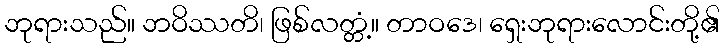
ဘုရားသည်။ ဘဝိဿတိ၊ ဖြစ်လတ္တံ့။ တာဝဒေ၊ ရှေးဘုရားလောင်းတို့၏